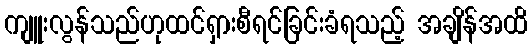
ကျူးလွန်သည်ဟုထင်ရှားစီရင်ခြင်းခံရသည့် အချိန်အထိ